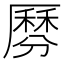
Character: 𠪺